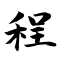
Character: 程